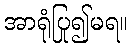
အာရုံပြု၍မရ။